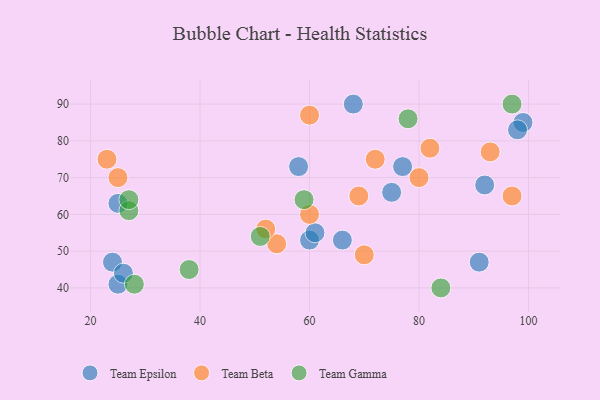
{"axis": {"x": "GDP", "y": "Life Expectancy"}, "legend": ["Team Beta", "Team Epsilon", "Team Gamma"], "data": [{"x": "99", "y": 85, "type": "Team Epsilon"}, {"x": "68", "y": 90, "type": "Team Epsilon"}, {"x": "58", "y": 73, "type": "Team Epsilon"}, {"x": "98", "y": 83, "type": "Team Epsilon"}, {"x": "24", "y": 47, "type": "Team Epsilon"}, {"x": "25", "y": 41, "type": "Team Epsilon"}, {"x": "77", "y": 73, "type": "Team Epsilon"}, {"x": "92", "y": 68, "type": "Team Epsilon"}, {"x": "26", "y": 44, "type": "Team Epsilon"}, {"x": "60", "y": 53, "type": "Team Epsilon"}, {"x": "91", "y": 47, "type": "Team Epsilon"}, {"x": "25", "y": 63, "type": "Team Epsilon"}, {"x": "61", "y": 55, "type": "Team Epsilon"}, {"x": "75", "y": 66, "type": "Team Epsilon"}, {"x": "66", "y": 53, "type": "Team Epsilon"}, {"x": "72", "y": 75, "type": "Team Beta"}, {"x": "23", "y": 75, "type": "Team Beta"}, {"x": "80", "y": 70, "type": "Team Beta"}, {"x": "69", "y": 65, "type": "Team Beta"}, {"x": "97", "y": 65, "type": "Team Beta"}, {"x": "82", "y": 78, "type": "Team Beta"}, {"x": "54", "y": 52, "type": "Team Beta"}, {"x": "93", "y": 77, "type": "Team Beta"}, {"x": "25", "y": 70, "type": "Team Beta"}, {"x": "60", "y": 87, "type": "Team Beta"}, {"x": "70", "y": 49, "type": "Team Beta"}, {"x": "52", "y": 56, "type": "Team Beta"}, {"x": "60", "y": 60, "type": "Team Beta"}, {"x": "97", "y": 90, "type": "Team Gamma"}, {"x": "84", "y": 40, "type": "Team Gamma"}, {"x": "51", "y": 54, "type": "Team Gamma"}, {"x": "28", "y": 41, "type": "Team Gamma"}, {"x": "38", "y": 45, "type": "Team Gamma"}, {"x": "59", "y": 64, "type": "Team Gamma"}, {"x": "27", "y": 61, "type": "Team Gamma"}, {"x": "78", "y": 86, "type": "Team Gamma"}, {"x": "27", "y": 64, "type": "Team Gamma"}]}